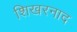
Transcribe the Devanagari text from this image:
शिखरनाद